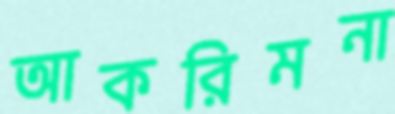
আকরিমনা